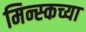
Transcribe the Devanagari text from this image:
मिन्स्कच्या